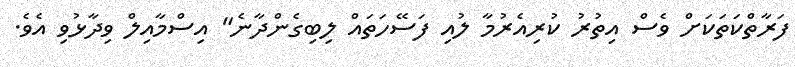
ފަރާތްކަތަކަށް ވެސް އިތުރު ކުރިއެރުމާ ލުއި ފަސޭހަތައް ލިބިގެންދާނެ" އިސްމާއިލް ވިދާޅުވި އެވެ.